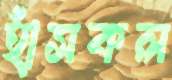
হাঁসকল